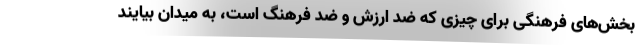
بخش‌های فرهنگی برای چیزی که ضد ارزش و ضد فرهنگ است، به میدان بیایند